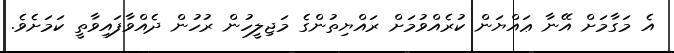
އެ މަގާމަށް އޭނާ ޢައްޔަން ކުރެއްވުމަށް ރައްޔިތުންގެ މަޖިލީހުން ރުހުން ދެއްވާފައިވާތީ ކަމަށެވެ.